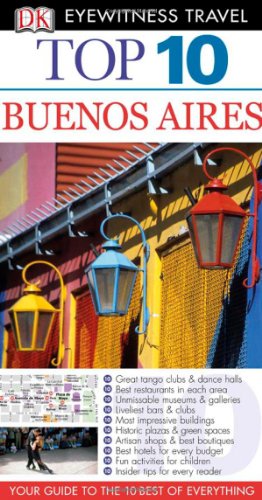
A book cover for Top 10 Buenos Aires. (DK Eyewitness Top 10 Travel Guide); Declan McGarvey; Travel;